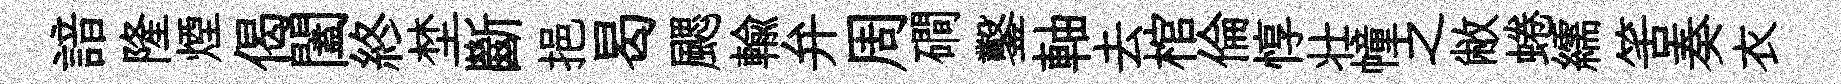
諳隆煙偈闔終埜斷挹曷颸輸弁周磵鑿軸去棺倫惇壮幢之敝蜷繻筈奏衣